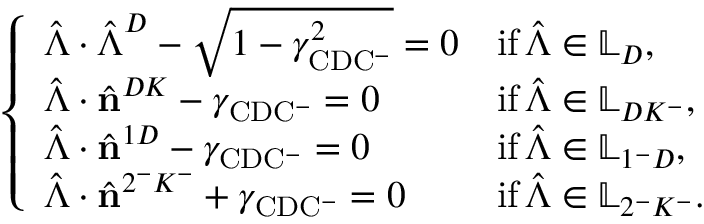
\left\{ \begin{array} { l l } { \hat { \boldsymbol { \Lambda } } \cdot \hat { \boldsymbol { \Lambda } } ^ { D } - \sqrt { 1 - \gamma _ { \mathrm { C D C ^ { - } } } ^ { 2 } } = 0 } & { \mathrm { i f } \, \hat { \boldsymbol { \Lambda } } \in \mathbb { L } _ { D } , } \\ { \hat { \boldsymbol { \Lambda } } \cdot \hat { \mathbf { n } } ^ { D K } - \gamma _ { \mathrm { C D C ^ { - } } } = 0 } & { \mathrm { i f } \, \hat { \boldsymbol { \Lambda } } \in \mathbb { L } _ { D K ^ { - } } , } \\ { \hat { \boldsymbol { \Lambda } } \cdot \hat { \mathbf { n } } ^ { 1 D } - \gamma _ { \mathrm { C D C ^ { - } } } = 0 } & { \mathrm { i f } \, \hat { \boldsymbol { \Lambda } } \in \mathbb { L } _ { 1 ^ { - } D } , } \\ { \hat { \boldsymbol { \Lambda } } \cdot \hat { \mathbf { n } } ^ { 2 ^ { - } K ^ { - } } + \gamma _ { \mathrm { C D C ^ { - } } } = 0 } & { \mathrm { i f } \, \hat { \boldsymbol { \Lambda } } \in \mathbb { L } _ { 2 ^ { - } K ^ { - } } . } \end{array} \right.